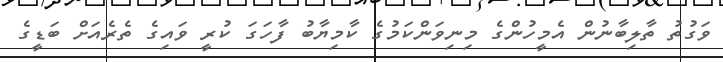
ވަގުތު ތާލިބާނުން އެމީހުންގެ މިނިވަންކަމުގެ ކާމިޔާބު ފާހަގަ ކުރީ ވައިގެ ތެރެއަށް ބަޑީގެ